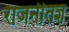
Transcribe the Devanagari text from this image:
राजनीतज्ञ